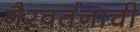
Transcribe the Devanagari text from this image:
गैरवर्तनाची